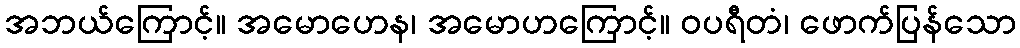
အဘယ်ကြောင့်။ အမောဟေန၊ အမောဟကြောင့်။ ဝပရီတံ၊ ဖောက်ပြန်သော